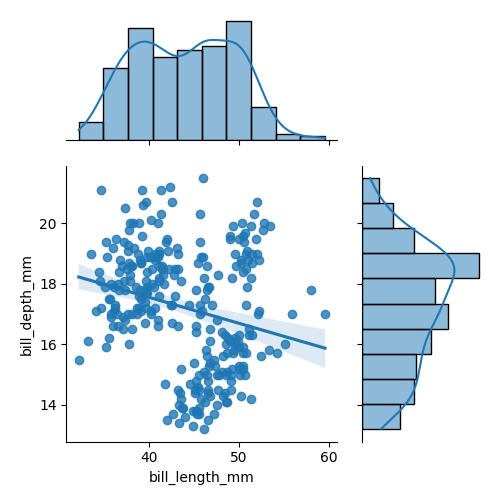
python, seaborn, jointplot, kind='reg', height='5', ratio='2', marginal_ticks='False'